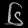
Digit: ၆